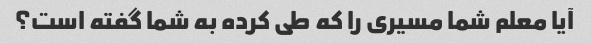
آیا معلم شما مسیری را که طی کرده به شما گفته است؟